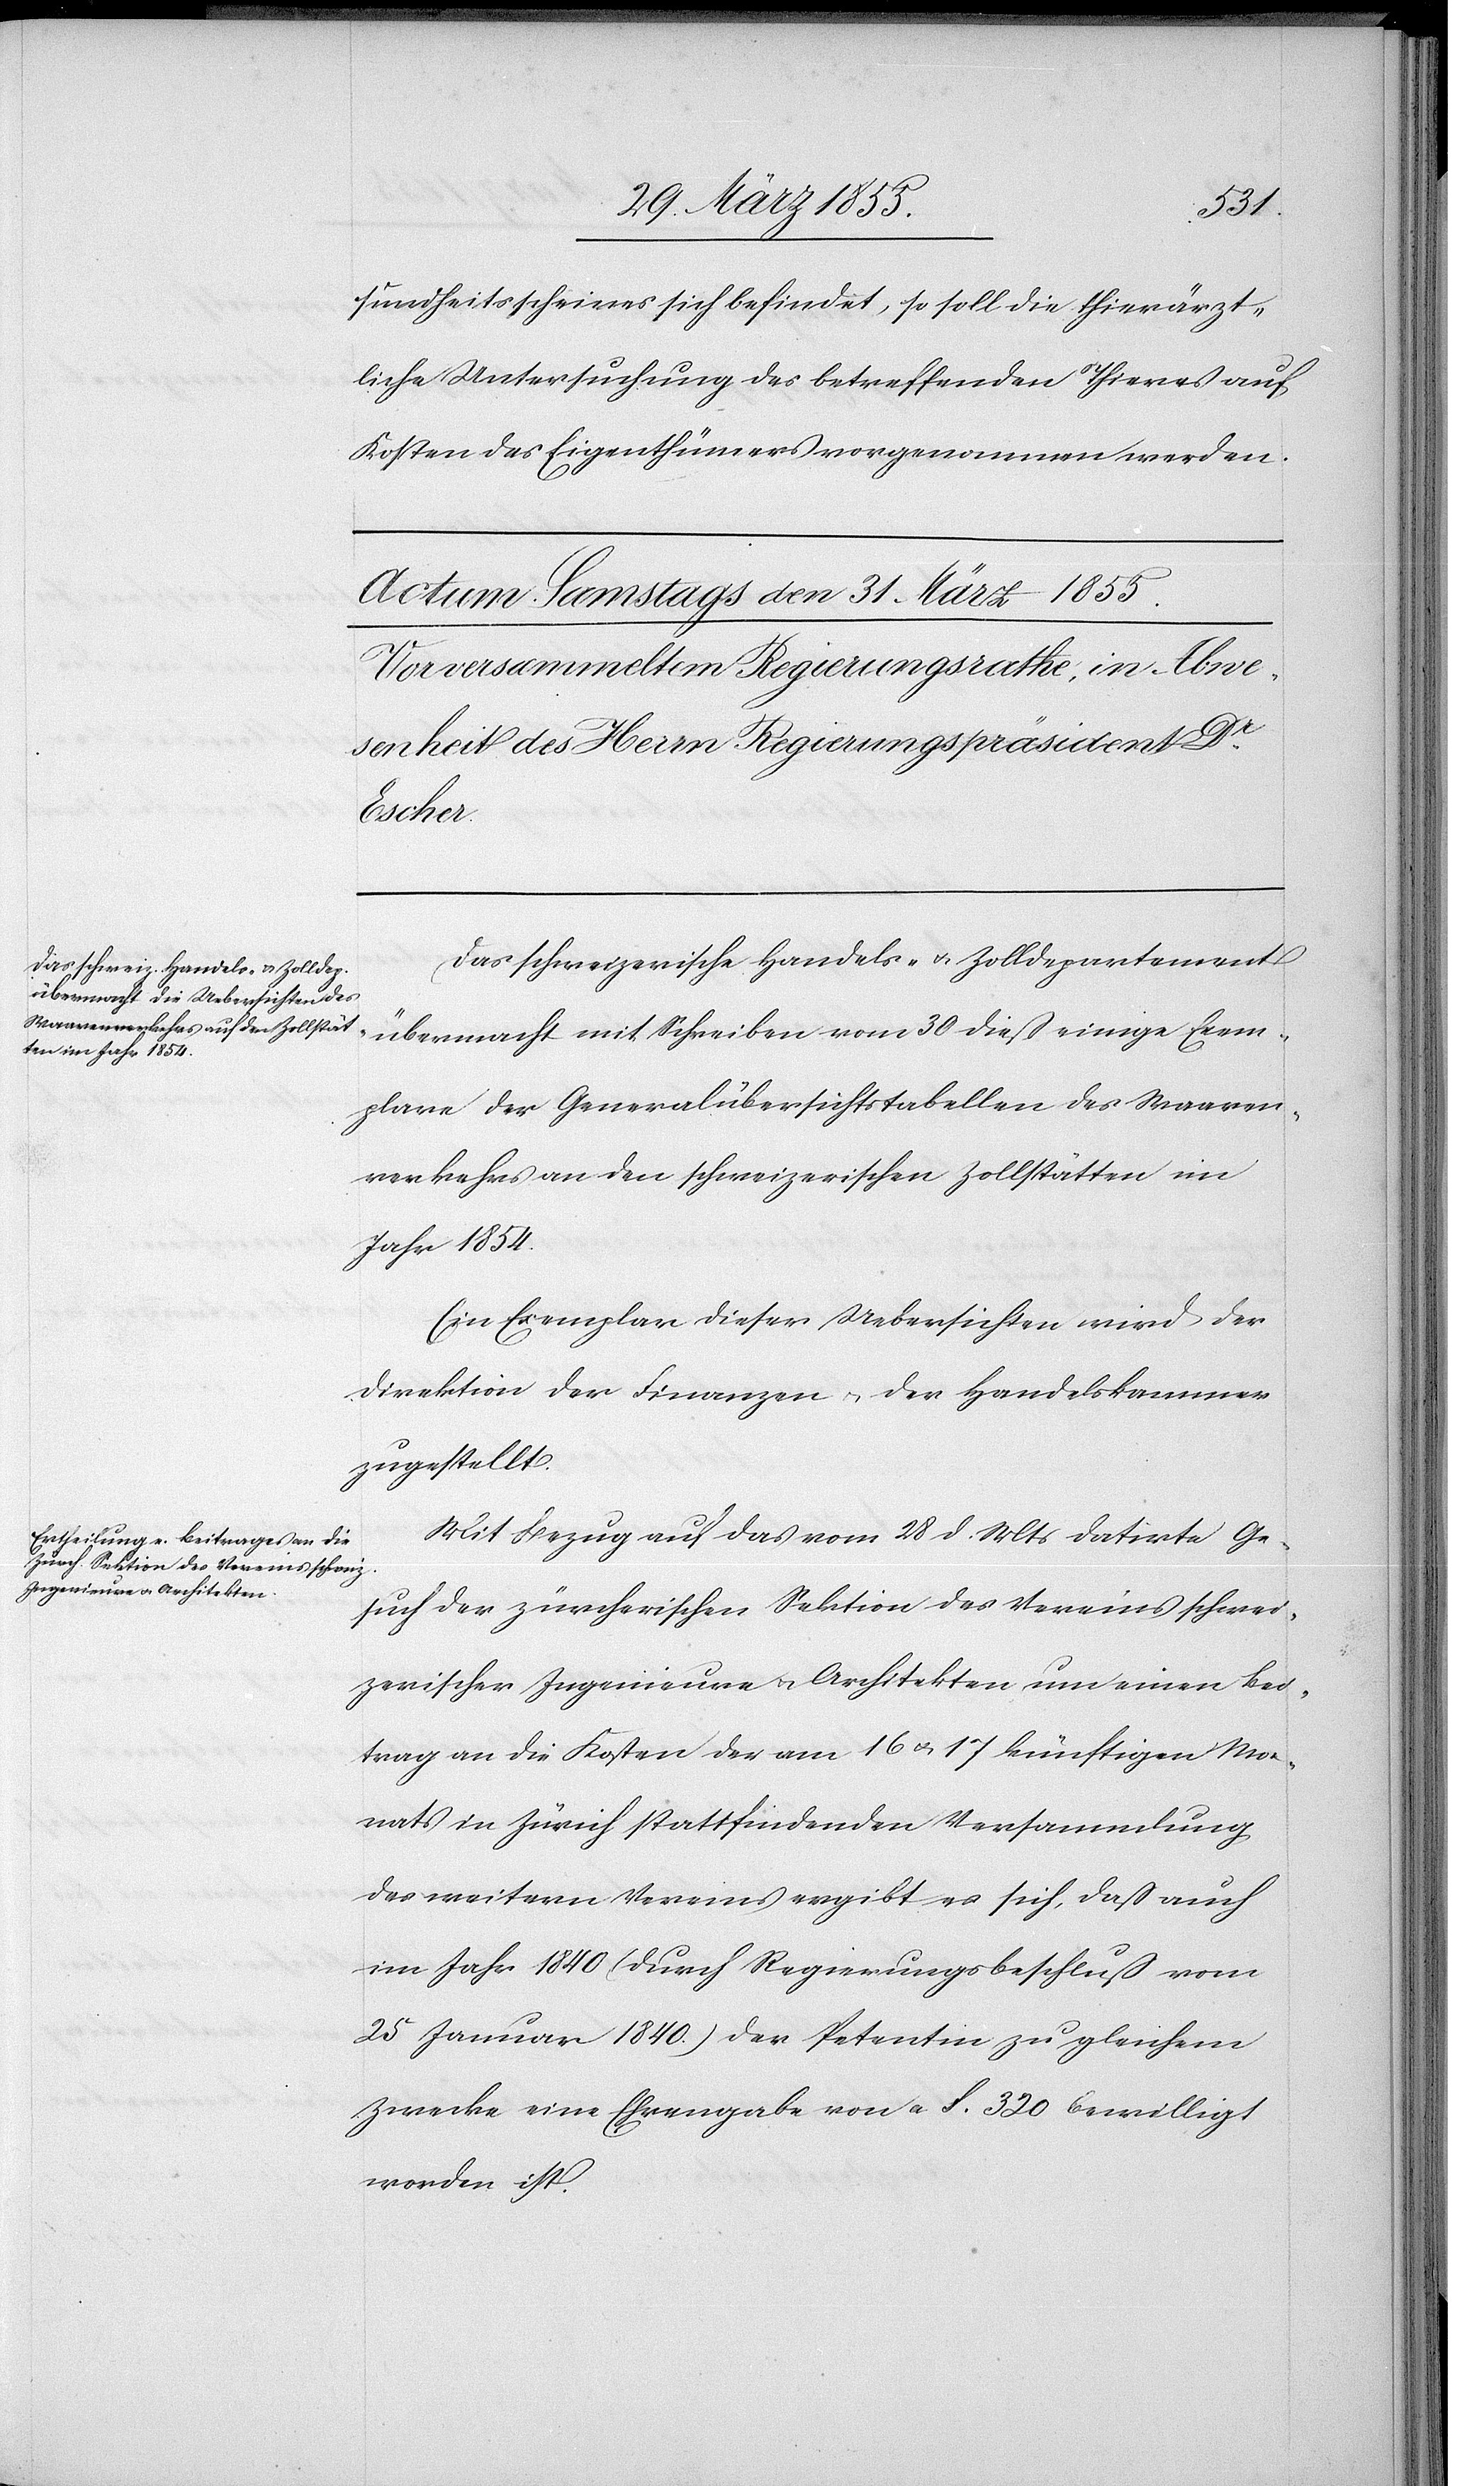
sundheitsscheines sich befindet, so soll die thierärzt¬
liche Untersuchung des betreffenden Thieres auf
Kosten des Eigenthümers vorgenommen werden.[“]
Das schweizerische Handels- & Zolldepartement
übermacht mit Schreiben vom 30 dieß einige Exem¬
plare der Generalübersichtstabellen des Waaren¬
verkehrs an den schweizerischen Zollstätten im
Jahr 1854.
Ein Exemplar dieser Uebersichten wird der
Direktion der Finanzen & der Handelskammer
zugestellt.
Mit Bezug auf das vom 28 d. Mts datirte Ge¬
such der zürcherischen Sektion des Vereins schwei¬
zerischer Ingenieure & Architekten um einen Bei¬
trag an die Kosten der am 16 & 17 künftigen Mo¬
nats in Zürich stattfindenden Versammlung
des weitern Vereins ergibt es sich, daß auch
im Jahr 1840 (durch Regierungsbeschluß vom
25 Januar 1840.) der Petentin zu gleichem
Zwecke eine Ehrengabe von a. F. 320 bewilligt
worden ist.